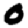
Digit: 0